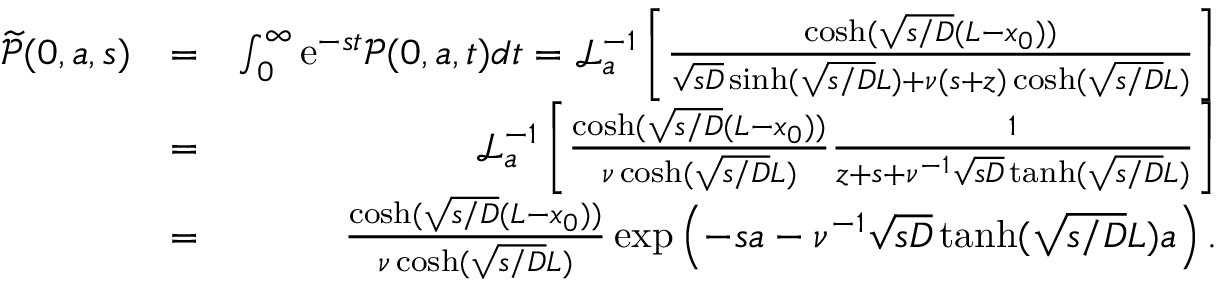
\begin{array} { r l r } { \widetilde { \mathcal P } ( 0 , a , s ) } & { = } & { \int _ { 0 } ^ { \infty } { \mathrm e } ^ { - s t } { \mathcal P } ( 0 , a , t ) d t = { \mathcal L } _ { a } ^ { - 1 } \left[ \frac { \cosh ( \sqrt { s / D } ( L - x _ { 0 } ) ) } { \sqrt { s D } \sinh ( \sqrt { s / D } L ) + \nu ( s + z ) \cosh ( \sqrt { s / D } L ) } \right] } \\ & { = } & { { \mathcal L } _ { a } ^ { - 1 } \left[ \frac { \cosh ( \sqrt { s / D } ( L - x _ { 0 } ) ) } { \nu \cosh ( \sqrt { s / D } L ) } \frac { 1 } { z + s + \nu ^ { - 1 } \sqrt { s D } \operatorname { t a n h } ( \sqrt { s / D } L ) } \right] } \\ & { = } & { \frac { \cosh ( \sqrt { s / D } ( L - x _ { 0 } ) ) } { \nu \cosh ( \sqrt { s / D } L ) } \exp \left( - s a - \nu ^ { - 1 } \sqrt { s D } \operatorname { t a n h } ( \sqrt { s / D } L ) a \right) . } \end{array}